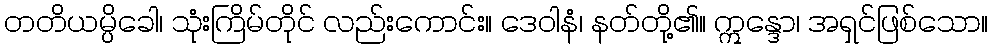
တတိယမ္ပိခေါ၊ သုံးကြိမ်တိုင် လည်းကောင်း။ ဒေဝါနံ၊ နတ်တို့၏။ ဣန္ဒော၊ အရှင်ဖြစ်သော။